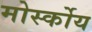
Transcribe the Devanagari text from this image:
मोर्स्कोय